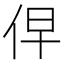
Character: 𰁹